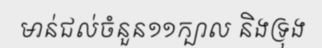
មាន់ជល់ចំនួន១១ក្បាល និងទ្រុង